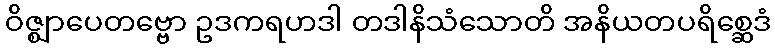
ဝိဇ္ဈာပေတဗ္ဗော ဥဒကရဟဒါ တဒါနိသံသောတိ အနိယတပရိစ္ဆေဒံ